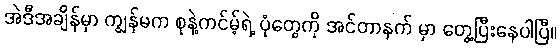
အဲဒီအချိန်မှာ ကျွန်မက စုနဲ့ကင်မ့်ရဲ့ ပုံတွေကို အင်တာနက် မှာ တွေ့ပြီးနေပါပြီ။